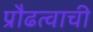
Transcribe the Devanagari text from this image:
प्रौढत्वाची